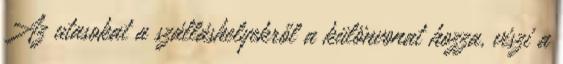
Az utasokat a szálláshelyekről a különvonat hozza, viszi a